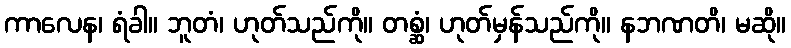
ကာလေန၊ ရံခါ။ ဘူတံ၊ ဟုတ်သည်ကို။ တစ္ဆံ၊ ဟုတ်မှန်သည်ကို။ နဘဏတိ၊ မဆို။